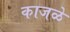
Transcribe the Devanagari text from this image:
काजळे